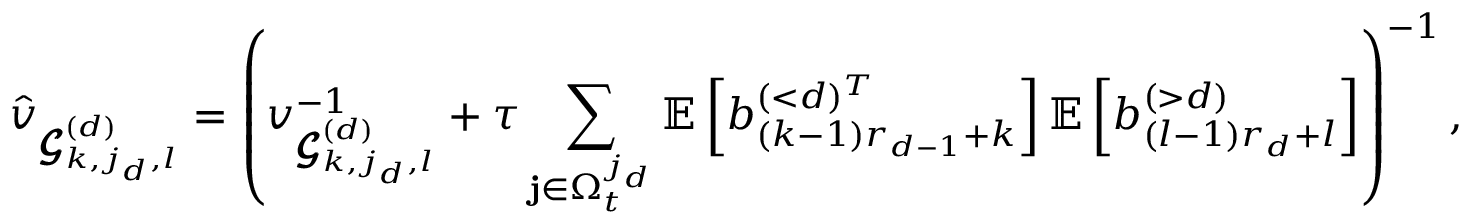
\hat { v } _ { \pmb { \mathscr { G } } _ { k , j _ { d } , l } ^ { ( d ) } } = \left( { v } _ { \pmb { \mathscr { G } } _ { k , j _ { d } , l } ^ { ( d ) } } ^ { - 1 } + \tau \sum _ { \mathbf { j } \in \Omega _ { t } ^ { j _ { d } } } \mathbb { E } \left[ b _ { ( k - 1 ) r _ { d - 1 } + k } ^ { ( < d ) ^ { T } } \right] \mathbb { E } \left[ b _ { ( l - 1 ) r _ { d } + l } ^ { ( > d ) } \right] \right) ^ { - 1 } ,